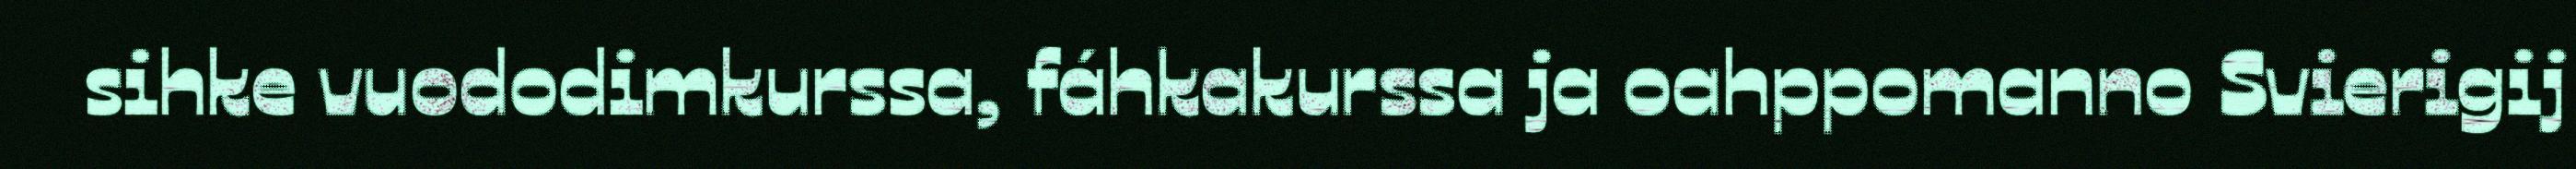
sihke vuododimkurssa, fáhkakurssa ja oahppomanno Svierigij